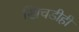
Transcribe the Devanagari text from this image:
खिचडीही